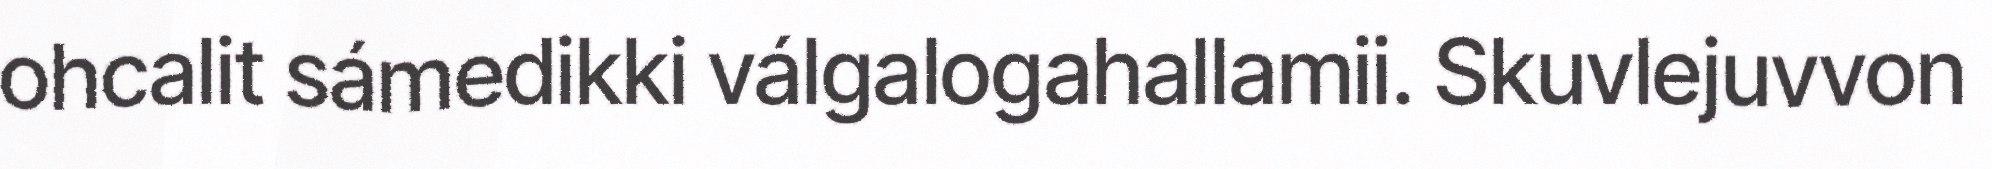
ohcalit sámedikki válgalogahallamii. Skuvlejuvvon